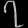
Digit: ၇